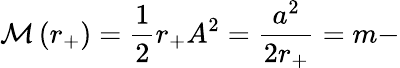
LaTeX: {\cal M}\left(r_{+}\right)=\frac{1}{2}r_{+}A^{2}=\frac{a^{2}}{2r_{+}}=m-